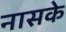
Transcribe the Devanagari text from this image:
नासके